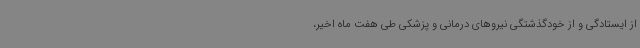
از ایستادگی و از خودگذشتگی نیروهای درمانی و پزشکی طی هفت ماه اخیر،